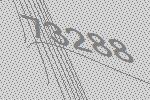
73288